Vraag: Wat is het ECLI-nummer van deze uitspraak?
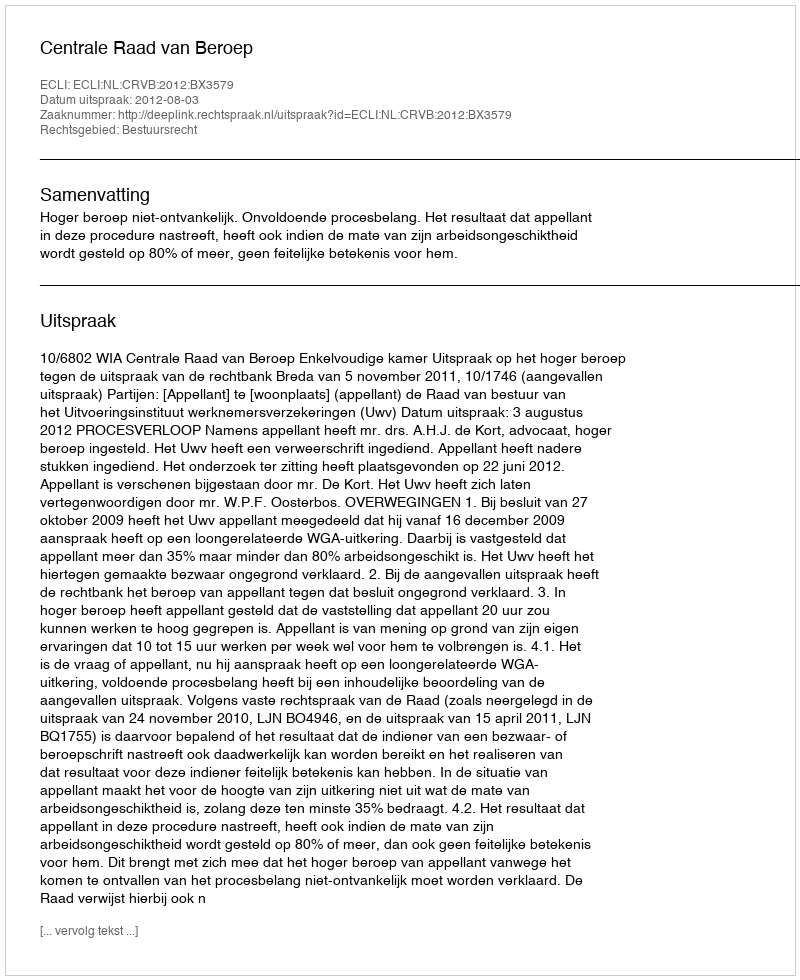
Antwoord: ECLI:NL:CRVB:2012:BX3579